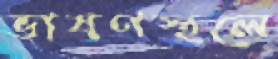
ভাষণস্থলে